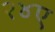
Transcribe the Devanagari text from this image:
२४ए